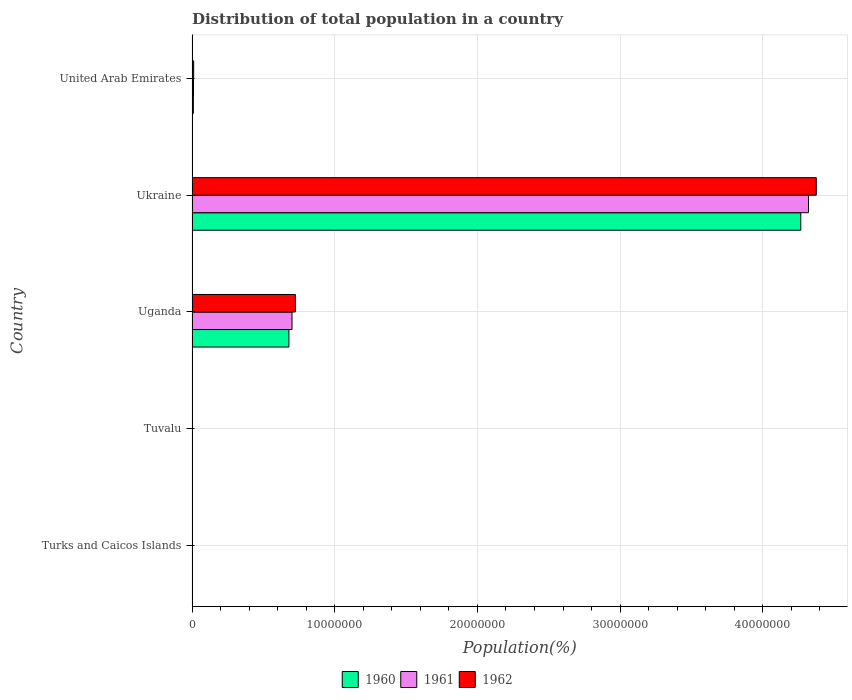
| Country | 1960 | 1961 | 1962 |
 | --- | --- | --- | --- |
 | Turks and Caicos Islands | 5.72e+03 | 5.76e+03 | 5.76e+03 |
 | Tuvalu | 6.1e+03 | 6.24e+03 | 6.39e+03 |
 | Uganda | 6.79e+06 | 7.01e+06 | 7.24e+06 |
 | Ukraine | 4.27e+07 | 4.32e+07 | 4.37e+07 |
 | United Arab Emirates | 9.26e+04 | 1.01e+05 | 1.12e+05 |